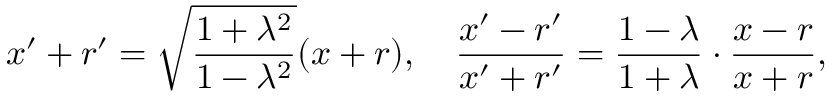
x ^ { \prime } + r ^ { \prime } = { \sqrt { \frac { 1 + \lambda ^ { 2 } } { 1 - \lambda ^ { 2 } } } } ( x + r ) , \quad { \frac { x ^ { \prime } - r ^ { \prime } } { x ^ { \prime } + r ^ { \prime } } } = { \frac { 1 - \lambda } { 1 + \lambda } } \cdot { \frac { x - r } { x + r } } ,